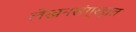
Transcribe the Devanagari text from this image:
लेखनसंग्रहात